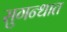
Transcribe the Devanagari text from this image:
सुगन्धात